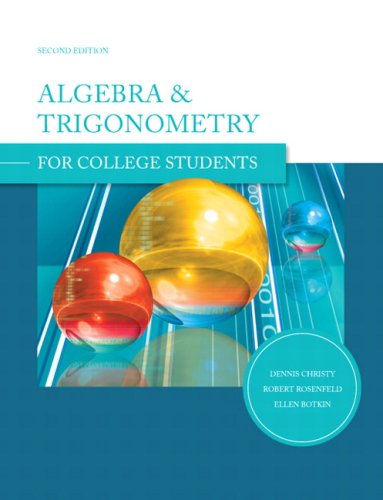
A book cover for Algebra and Trigonometry for College Students (2nd Edition); Dennis Christy; Science & Math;